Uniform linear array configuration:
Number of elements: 24
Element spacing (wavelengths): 0.5
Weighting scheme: hamming
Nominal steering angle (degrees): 0
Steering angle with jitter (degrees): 0.4558
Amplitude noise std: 0.05
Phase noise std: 0.05

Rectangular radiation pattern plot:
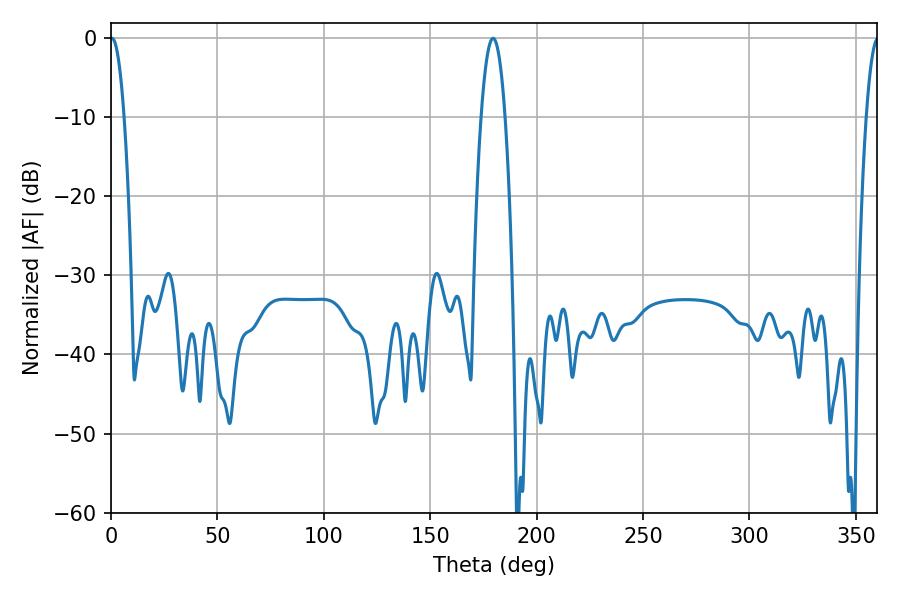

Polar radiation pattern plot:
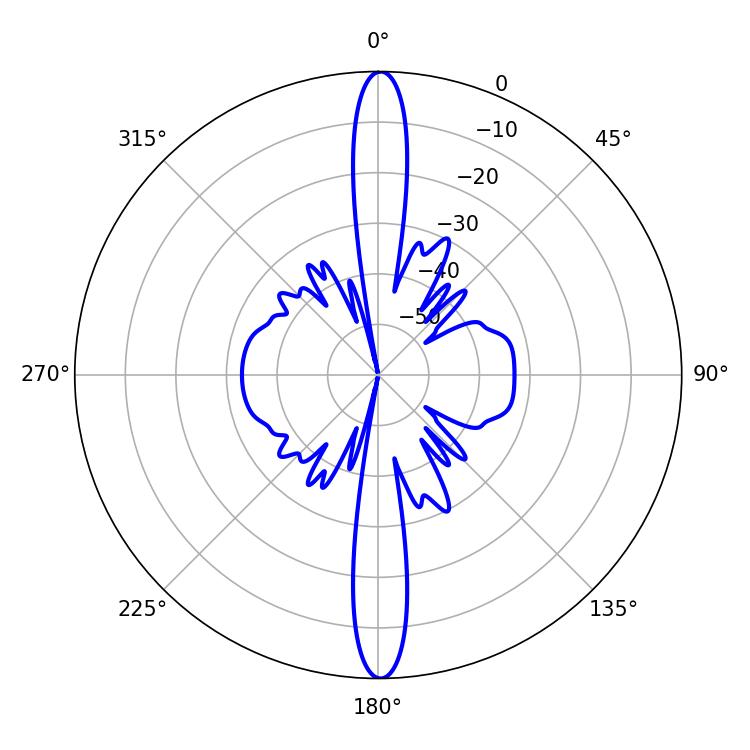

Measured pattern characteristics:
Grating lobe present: FALSE
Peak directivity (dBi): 30.055
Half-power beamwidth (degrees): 3.6
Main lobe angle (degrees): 0.54